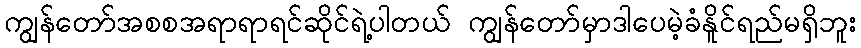
ကျွန်တော်အစစအရာရာရင်ဆိုင်ရဲ့ပါတယ် ကျွန်တော်မှာဒါပေမဲ့ခံနိူင်ရည်မရှိဘူး